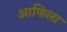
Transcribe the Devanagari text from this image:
आफिला